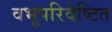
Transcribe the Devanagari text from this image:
वभूपरिवेष्टित